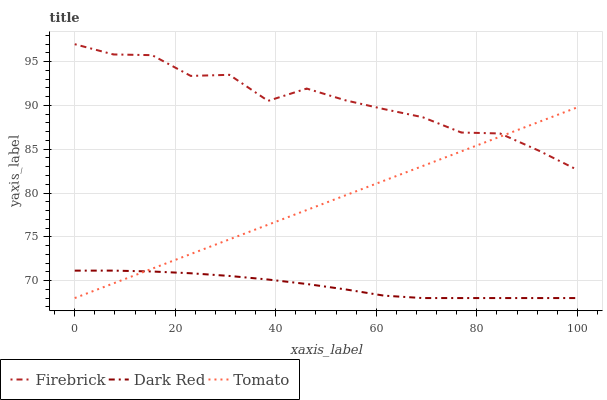
| xaxis_label | Firebrick | Dark Red | Tomato |
 | --- | --- | --- | --- |
 | 0 | 97 | 71.1 | 68 |
 | 7.69 | 95.8 | 71.1 | 69.7 |
 | 15.4 | 95.7 | 71 | 71.4 |
 | 23.1 | 93.4 | 70.8 | 73 |
 | 30.8 | 93.5 | 70.5 | 74.7 |
 | 38.5 | 90.5 | 70.1 | 76.4 |
 | 46.2 | 91.9 | 69.6 | 78.1 |
 | 53.8 | 90.6 | 69 | 79.7 |
 | 61.5 | 89.6 | 68.3 | 81.4 |
 | 69.2 | 88.7 | 68 | 83.1 |
 | 76.9 | 86.9 | 68 | 84.8 |
 | 84.6 | 86.8 | 68 | 86.4 |
 | 92.3 | 84.8 | 68 | 88.1 |
 | 100 | 82.6 | 68 | 89.8 |